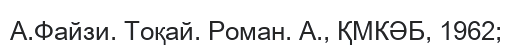
А.Файзи. Тоқай. Роман. А., ҚМКӘБ, 1962;